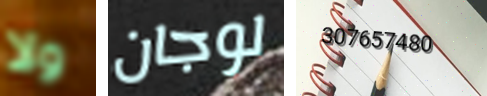
ولا لوجان 307657480